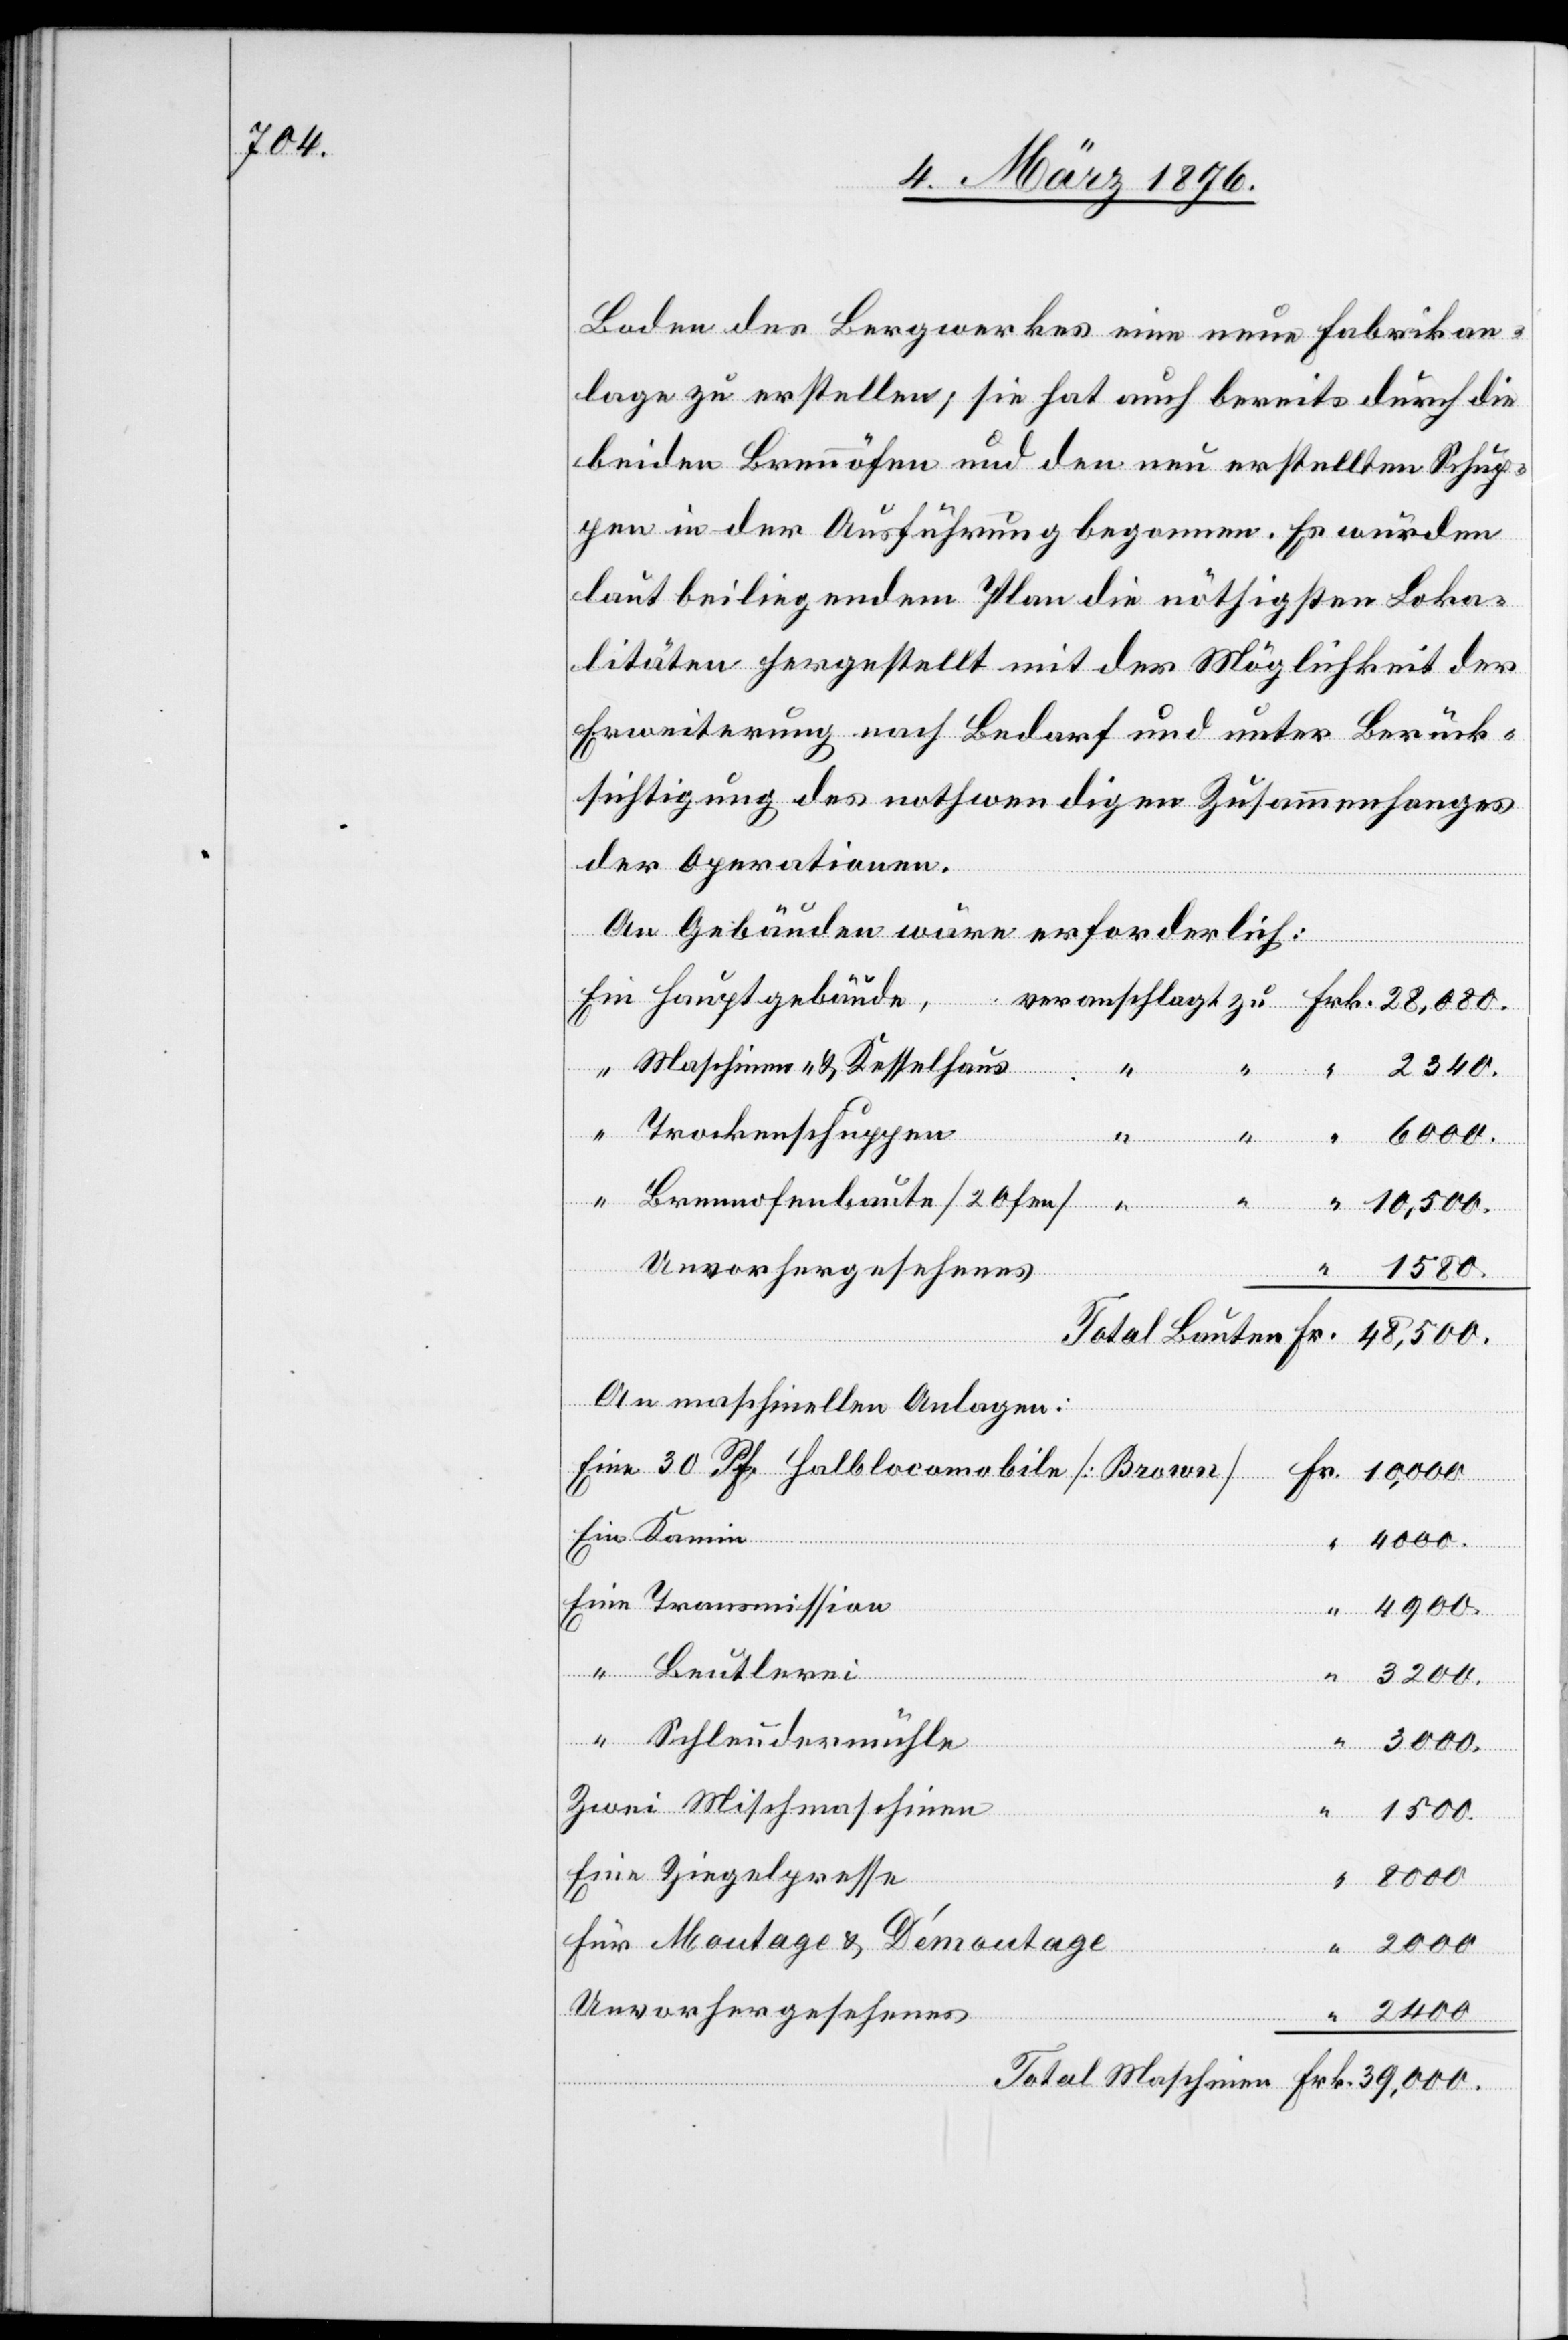
Boden des Bergwerkes eine neue Fabrikan¬
lage zu erstellen, sie hat auch bereits durch die
beiden Brennöfen und den neu erstellten Schup¬
pen in der Ausführung begonnen. Es würden
laut beiliegendem Plan die nöthigsten Loka¬
litäten hergestellt mit der Möglichkeit der
Erweiterung nach Bedarf und unter Berück¬
sichtigung des nothwendigsten Zusammenhanges
der Operationen.
“
An Gebäuden wäre erforderlich:
Hauptgebäude,
Maschinen- & Kesselhaus
Eine
2340.
montage
Trockenschuppen
oco¬
Dé¬
Brennofenbaute [Ofen]
se
An maschinellen Anlagen:
Frk.
4900.
“
Beutlerei
“
3200.
Schleudermühle
“
2000
1500.
4000.
39,000.
Unvorhergesehenes
2400
maschinen

inen